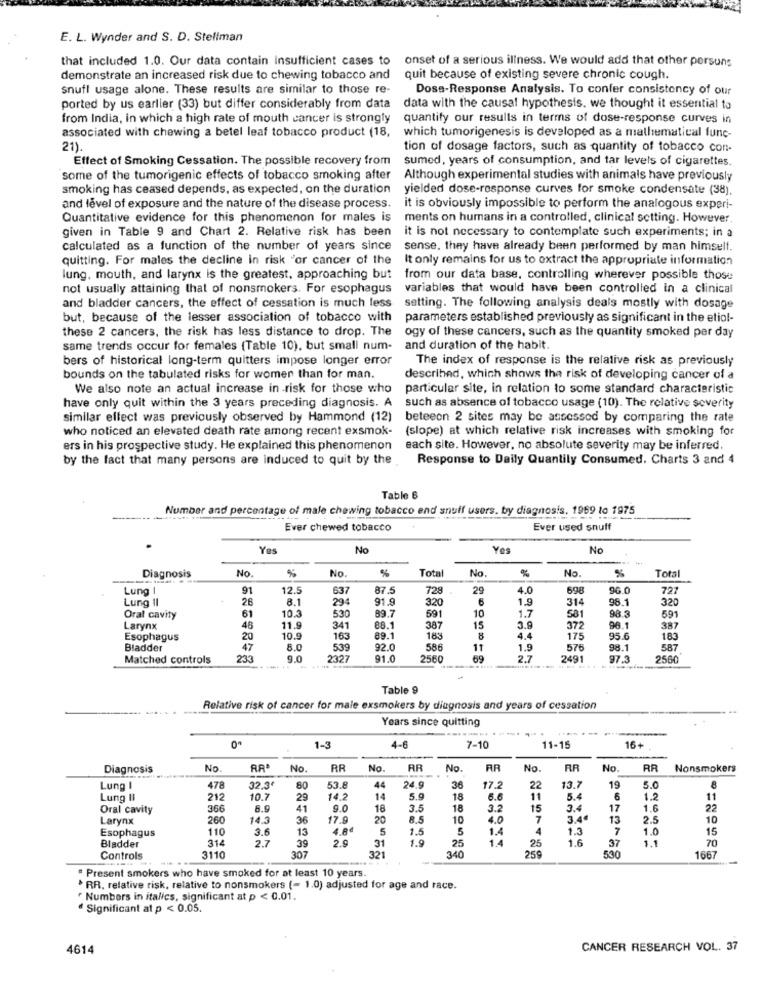
E. L. Wynder and S. D. Stellman
that included 1.0. Our data contain Insufficient cases to
onset of a serious illness. We would add that other persons
demonstrate an increased risk due to chewing tobacco and
quit because of existing severe chronic cough.
snuff usage alone. These results are similar to those re-
Doss-Response Analysis. To confer consistency of our
ported by us earlier (33) but differ considerably from data
data with the causal hypothesis. we thought it essential to
from India, in which a high rate of mouth cancer is strongly
quantify our results in terms of dose-response curves in
associated with chewing a betel leaf tobacco product (18,
which tumorigenesis is developed as a mathematical func-
21)
tion of dosage factors, such as quantity of tobacco con-
Effect of Smoking Cessation. The possible recovery from
sumed, years of consumption, and tar levels of cigarettes.
some of the tumorigenic effects of tobacco smoking after
Although experimental studies with animals have previously
smoking has ceased depends, as expected, on the duration
yielded dose-response curves for smoke condensate (38).
and level of exposure and the nature of the disease process.
it is obviously impossible to perform the analogous experi-
Quantitative evidence for this phenomenon for males is
ments on humans in a controlled, clinical setting. However.
given in Table 9 and Chart 2. Relative risk has been
it is not necessary to contemplate such experiments; in a
calculated as a function of the number of years since
sense, they have already been performed by man himself.
quitting. For males the decline in risk "or cancer of the
It only remains for us to extract the appropriate information
lung. mouth, and larynx is the greatest, approaching but
from our data base, controlling wherever possible those
not usually attaining that of nonsmokers. For esophagus
variables that would have been controlled in a clinical
and bladder cancers, the effect of cessation is much less
setting. The following analysis deals mostly with dosage
but, because of the lesser association of tobacco with
parameters established previously as significant in the etiol-
these 2 cancers, the risk has less distance to drop. The
ogy of these cancers, such as the quantity smoked per day
same trends occur for females (Table 10), but small num-
and duration of the habit.
bers of historical long-term quitters impose longer error
The index of response is the relative risk as previously
bounds on the tabulated risks for women than for man.
described, which shows the risk of developing cancer of a
We also note an actual increase in risk for those who
particular site, in relation to some standard characteristic
have only quit within the 3 years preceding diagnosis. A
such as absence of tobacco usage (10). The relative severity
similar effect was previously observed by Hammond (12)
beteeon 2 sites may be assessed by comparing the rate
who noticed an elevated death rate among recent exsmok-
(slope) at which relative risk increases with smoking for
ers in his prospective study. He explained this phenomenon
each site. However, no absolute severity may be inferred.
by the fact that many persons are induced to quit by the
Response to Daily Quantily Consumed. Charts 3 and 4
Table 6
Number and percentage of male chewing tobacco end snuff users. by diagnosis. 1969 to 1975
Ever chewed tobacco
Ever used snuff
Yes
No
Yes
No
No.
No.
Tota
No.
No.
Diagnosis
%
%
%
%
Total
Lung I
91
12.5
637
87.5
728
29
4.0
698
96.0
727
Lung 11
26
8.1
294
91.9
320
1.9
314
98.1
320
10.3
10
1.7
Oral cavity
61
530
89.7
591
581
98.3
591
Larynx
11.9
341
88.1
387
15
3.9
372
96.1
387
Esophagus
20
10.9
163
89.1
183
8
4.4
175
95.6
183
Bladder
47
8.0
539
92.0
586
11
1.9
576
98.1
587
Matched controls
233
9.0
2327
91.0
2560
69
2.7
2491
97.3
2560
Table 9
Relative risk of cancer for male exsmokers by diagnosis and years of cessation
Years since quitting
1-3
4-6
7-10
11-15
16+
Diagnosis
No
No.
RR
No.
RR
No.
RR
No.
RR
No
RR
Nonsmokers
....
Lung I
478
32,3€
80
53.8
44
24.9
36
17.2
22
13.7
19
5.0
8
Lung II
212
10.7
29
14.2
14
5.9
18
6.6
11
5.4
1.2
11
Oral cavity
366
6.9
41
9.0
18
3.5
18
3.2
15
3.4
17
1.6
22
Larynx
260
14.3
36
17.9
20
8.5
10
4.0
7
3.40
13
2.5
10
Esophagus
110
3.6
13
4.8ª
5
1.5
5
1.4
4
1.3
7
1.0
15
314
2.9
31
1.9
25
1.4
1.6
1.1
70
Bladder
2.7
39
259
25
37
Controls
3110
307
321
340
166
Present smokers who have smoked for at least 10 years
* RR, relative risk, relative to nonsmokers (- 1.0) adjusted for age and race.
" Numbers in italics, significant at p < 0.01.
Significant at p < 0.05.
4614
CANCER RESEARCH VOL. 37